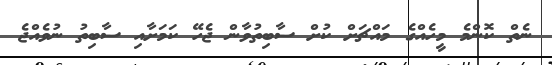
ނެތް ކޮންމެ މީހެއްގެ މައްޗަށް ކުށް ސާބިތުވާން ޖެހޭ ކަމަށާއި ސާބިތު ނުވެއްޖެ